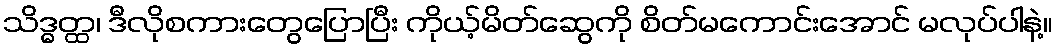
သိဒ္ဓတ္ထ၊ ဒီလိုစကားတွေပြောပြီး ကိုယ့်မိတ်ဆွေကို စိတ်မကောင်းအောင် မလုပ်ပါနဲ့။